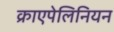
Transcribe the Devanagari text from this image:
क्राएपेलिनियन